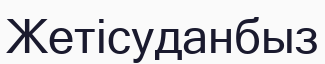
Жетісуданбыз